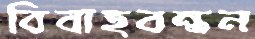
বিবাহবন্ধন